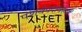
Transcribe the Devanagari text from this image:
पेशवेपदावरून